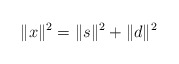
\begin{align*}\Vert x \Vert^2 = \Vert s \Vert^2 + \Vert d \Vert^2 \\\end{align*}